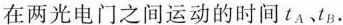
在两光电门之间运动的时间t_{A}t_{B}。